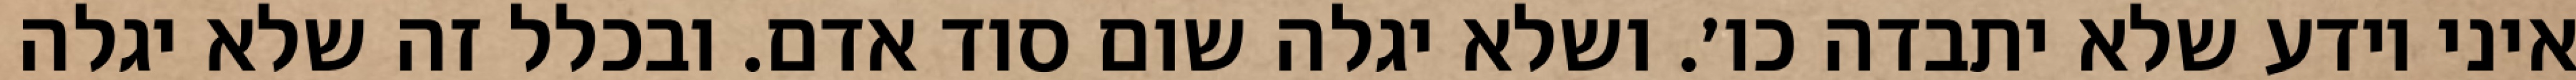
איני יודע שלא יתבדה כו׳. ושלא יגלה שום סוד אדם. ובכלל זה שלא יגלה